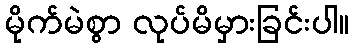
မိုက်မဲစွာ လုပ်မိမှားခြင်းပါ။